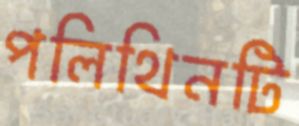
পলিথিনটি